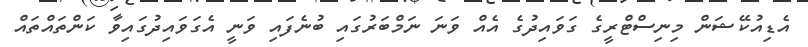
އެޑިއުކޭޝަން މިނިސްޓްރީގެ ގަވައިދުގެ އެއް ވަނަ ނަމްބަރުގައި ބުނެފައި ވަނީ އެގަވައިދުގައިވާ ކަންތައްތައް